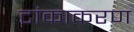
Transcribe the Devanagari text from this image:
टांकाकरण